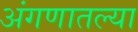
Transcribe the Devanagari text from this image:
अंगणातल्या